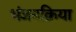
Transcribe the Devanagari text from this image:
भंजनक्रिया